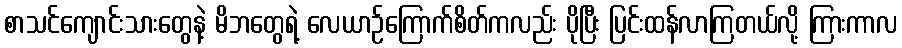
စာသင်ကျောင်းသားတွေနဲ့ မိဘတွေရဲ့ လေယာဉ်ကြောက်စိတ်ကလည်း ပိုပြီး ပြင်းထန်လာကြတယ်လို့ ကြားကာလ